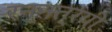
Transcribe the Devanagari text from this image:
रन्नत्रयी